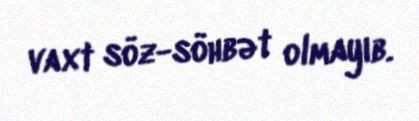
vaxt söz-söhbət olmayıb.